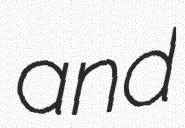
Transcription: and